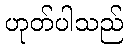
ဟုတ်ပါသည်